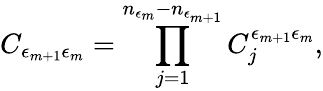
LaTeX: C_{\epsilon_{m+1}\epsilon_{m}}=\prod_{j=1}^{n_{\epsilon_{m}}-n_{\epsilon_{m+1}}}C_{j}^{\epsilon_{m+1}\epsilon_{m}},